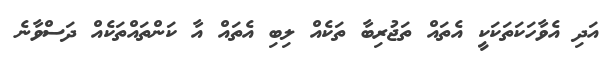
އަދި އެވާހަކަތަކަކީ އެތައް ތަޖުރިބާ ތަކެއް ލިބި އެތައް އާ ކަންތައްތަކެއް ދަސްވާނެ